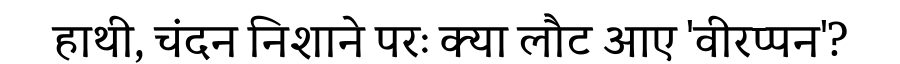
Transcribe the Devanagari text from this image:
हाथी, चंदन निशाने परः क्या लौट आए 'वीरप्पन'?